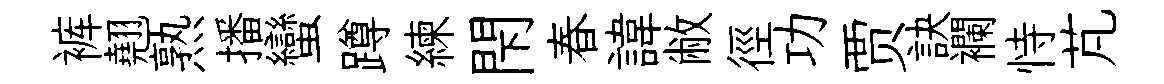
裤翹熟播蠻蹲練閇春諱敝徑功贾訣襴恃芃